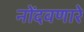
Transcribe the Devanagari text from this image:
नोंदवणारे